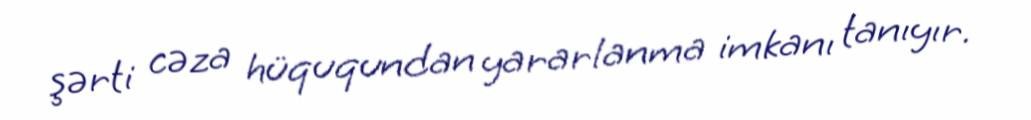
şərti cəza hüququndan yararlanma imkanı tanıyır.